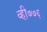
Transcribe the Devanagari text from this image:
व्ही७७६